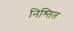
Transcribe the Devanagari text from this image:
निश्तित